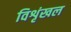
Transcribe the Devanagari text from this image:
विशृंखल